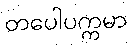
တပေါပက္ကမာ